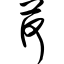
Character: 荷